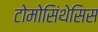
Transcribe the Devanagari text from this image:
टोमोसिंथेसिस